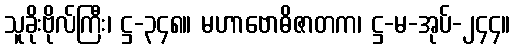
သူခိုးဗိုလ်ကြီး၊ ဋ္ဌ-၃၄၈။ မဟာဗောဓိဇာတက၊ ဋ္ဌ-မ-အုပ်-၂၄၄။